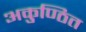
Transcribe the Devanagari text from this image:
अकुण्ठित